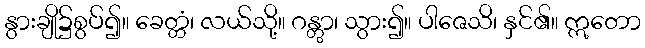
နွားချို၌စွပ်၍။ ခေတ္တံ၊ လယ်သို့။ ဂန္တွာ၊ သွား၍။ ပါဇေသိ၊ နှင်၏။ ဣတော